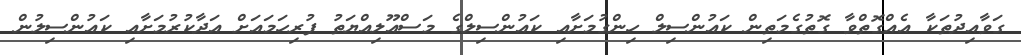
ގަވާއިދުތަކާ އެއްގޮތްވާ ގޮތުގެމަތިން ކައުންސިލް ހިންގުމަށާއި ކައުންސިލްގެ މަސްއޫލިއްޔަތު ފުރިހަމައަށް އަދާކުރުމަށާއި ކައުންސިލުން